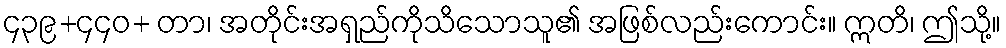
၄၃၉+၄၄၀+ တာ၊ အတိုင်းအရှည်ကိုသိသောသူ၏ အဖြစ်လည်းကောင်း။ ဣတိ၊ ဤသို့။